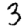
Digit: 3